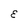
Character: E